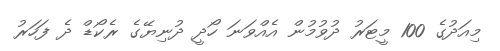
މިއަދުގެ 100 މީޓަރު ދުވުމުން އެއްވަނަ ހޯދީ ދުނިޔޭގެ ރެކޯޑް ދެ ފަހަރު